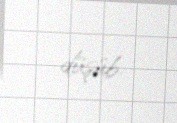
düşüb.